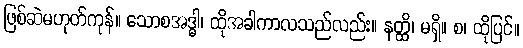
ဖြစ်ဆဲမဟုတ်ကုန်။ သောစအဒ္ဓါ၊ ထိုအခါကာလသည်လည်း။ နတ္ထိ၊ မရှိ။ စ၊ ထိုပြင်။